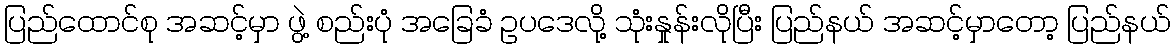
ပြည်ထောင်စု အဆင့်မှာ ဖွဲ့ စည်းပုံ အခြေခံ ဥပဒေလို့ သုံးနှုန်းလိုပြီး ပြည်နယ် အဆင့်မှာတော့ ပြည်နယ်